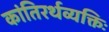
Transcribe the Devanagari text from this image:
कांतिरर्थव्यक्तिः